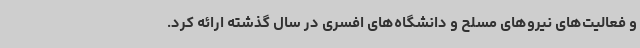
و فعالیت‌های نیروهای مسلح و دانشگاه‌های افسری در سال گذشته ارائه کرد.